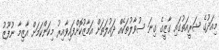
މިއަދުގެ ޝަރީއަތުގައި ގާޒީގެ ގިނަ ސުވާލުތަކެއް ދައުލަތަށް އަމާޒުކޮށްފައިވާއިރު މިކަންކަމަށް އާޒިމާ ނުފޫޒު